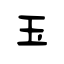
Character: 玉